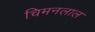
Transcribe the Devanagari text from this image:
चिमनलाल